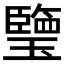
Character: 𤪋